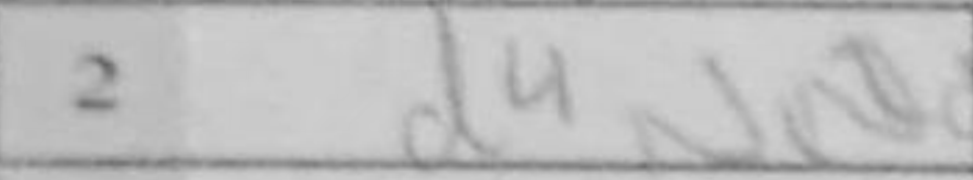
Transcription: d4